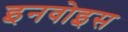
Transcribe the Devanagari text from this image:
इनवोइस